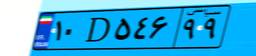
۷۶D۳۱۳۶۹